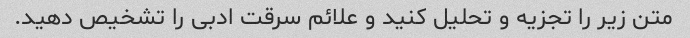
متن زیر را تجزیه و تحلیل کنید و علائم سرقت ادبی را تشخیص دهید.